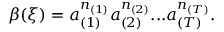
\beta ( \xi ) = a _ { ( 1 ) } ^ { n _ { ( 1 ) } } a _ { ( 2 ) } ^ { n _ { ( 2 ) } } . . . a _ { ( T ) } ^ { n _ { ( T ) } } .